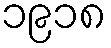
၁၉၁၈